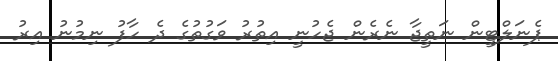
ޕެނަލްޓީން ނަތީޖާ ނެރެން ޖެހުނީ އިތުރު ވަގުތުގެ ދެ ހާފު ނިމުނު އިރު